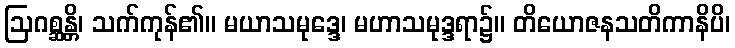
ဩဂစ္ဆန္တိ၊ သက်ကုန်၏။ မယာသမုဒ္ဒေ၊ မဟာသမုဒ္ဒရာ၌။ တိယောဇနသတိကာနိပိ၊